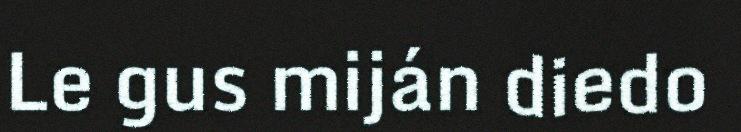
Le gus miján diedo